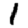
Digit: 1